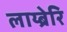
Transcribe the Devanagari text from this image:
लाय्ब्रेरि